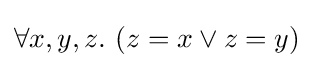
\forall x,y,z.\ (z=x\lor z=y)